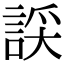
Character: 𧨞